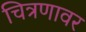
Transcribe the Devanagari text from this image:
चित्रणावर